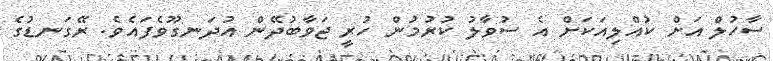
ސާހުލް އަށް ކުއްލިއަކަށް އެ ސުވާލު ކުރުމުން ހުރީ ޖަވާބުދޭން އުދަނގޫވެފައެެވެ. ރޭގަނޑުގެ